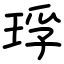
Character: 琈